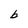
Character: b